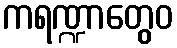
ကရဏ္ဍာတွေဝ